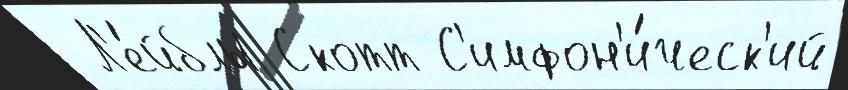
 Л'е́йблы Скотт С'имфон'и́ческ'ий